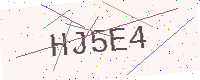
Text: HJ5E4